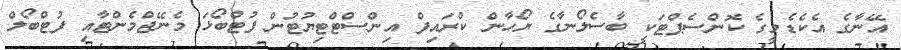
އޭނާގެ އެކެޑެމީގެ ކޮންސެޕްޓަކީ ބާސެލޯނާގެ ޔޯހާން ކްރައިފް އިންސްޓްޓިޔުޓުން ފުޓްބޯޅަ މެނޭޖްމެންޓާއި ފުޓްބޯލް